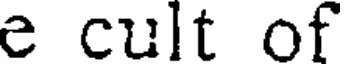
e cult of